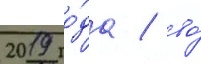
2019 го́да / во́